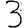
Digit: 3